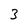
Character: 3